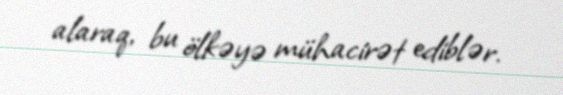
alaraq, bu ölkəyə mühacirət ediblər.